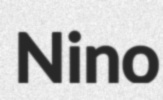
Nino